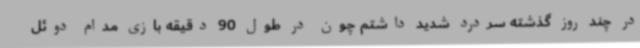
در چند روز گذشته سردرد شدید داشتم چون در طول 90 دقیقه بازی مدام دوئل